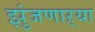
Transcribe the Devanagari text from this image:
झुंजणाऱ्या